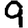
Digit: 9